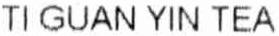
TI GUAN YIN TEA